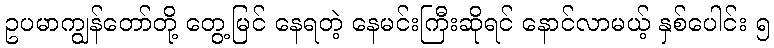
ဥပမာကျွန်တော်တို့ တွေ့မြင် နေရတဲ့ နေမင်းကြီးဆိုရင် နောင်လာမယ့် နှစ်ပေါင်း ၅